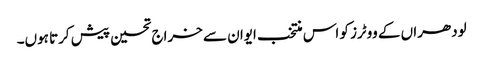
لودھراں کے ووٹرز کو اس منتخب ایوان سے خراج تحسین پیش کرتا ہوں۔